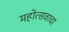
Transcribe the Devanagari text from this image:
महोत्सवाचा